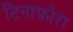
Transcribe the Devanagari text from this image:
टिनाफ़ोरा